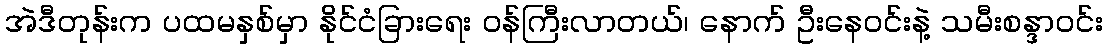
အဲဒီတုန်းက ပထမနှစ်မှာ နိုင်ငံခြားရေး ဝန်ကြီးလာတယ်၊ နောက် ဦးနေဝင်းနဲ့ သမီးစန္ဒာဝင်း